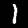
Label: 1